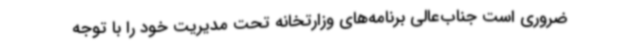
ضروری است جناب‌عالی برنامه‌های وزارتخانه تحت مدیریت خود را با توجه